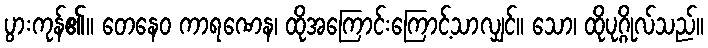
ပွားကုန်၏။ တေနေဝ ကာရဏေန၊ ထိုအကြောင်းကြောင့်သာလျှင်။ သော၊ ထိုပုဂ္ဂိုလ်သည်။